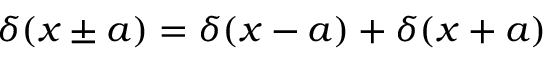
\delta ( x \pm a ) = \delta ( x - a ) + \delta ( x + a )